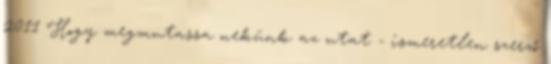
2011 Hogy megmutassa nekünk az utat - ismeretlen szerző